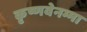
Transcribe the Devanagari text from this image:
कृष्णवेनम्मा